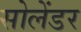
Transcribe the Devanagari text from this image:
सोलेंडर